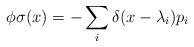
LaTeX: \begin{align*}\phi\sigma (x)= - \sum_i \delta (x- \lambda_i)p_i \end{align*}